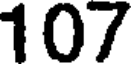
107